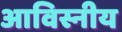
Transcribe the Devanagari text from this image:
आविस्नीय